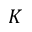
K